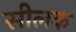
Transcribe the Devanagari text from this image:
सीलक